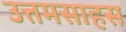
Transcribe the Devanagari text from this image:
उत्तमसाहस